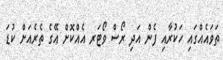
ތަވައެއްގައި ހަކުރާއި ފެން އަދި ރޯސް ވޯޓަރ އެއްކޮށް އޭގެ ތެރެއަށް ކުޑަ